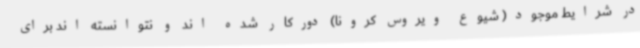
در شرایط موجود( شیوع ویروس کرونا) دورکار شده اند و نتوانسته اند برای